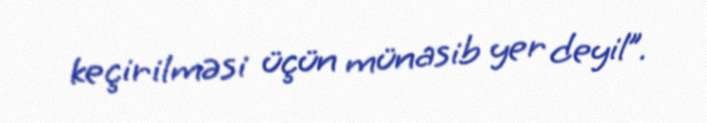
keçirilməsi üçün münasib yer deyil”.